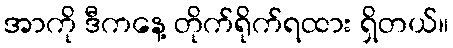
အာကို ဒီကနေ့ တိုက်ရိုက်ရထား ရှိတယ်။